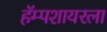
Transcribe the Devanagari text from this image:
हॅम्पशायरला